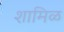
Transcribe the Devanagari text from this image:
शामिळ